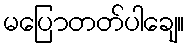
မပြောတတ်ပါချေ။